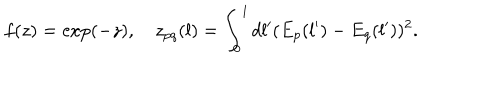
f ( z ) = \exp ( - z ) , \quad z _ { p q } ( l ) = \int _ { 0 } ^ { l } d l ^ { \prime } ( E _ { p } ( l ^ { \prime } ) - E _ { q } ( l ^ { \prime } ) ) ^ { 2 } .